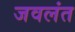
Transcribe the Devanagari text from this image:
जवलंत